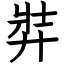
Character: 弉